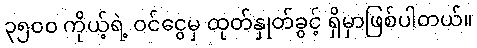
၃၅၀၀ ကိုယ့်ရဲ့ ဝင်ငွေမှ ထုတ်နှုတ်ခွင့် ရှိမှာဖြစ်ပါတယ်။